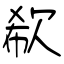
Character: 欷